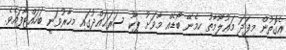
އެގޮތުން މިފަދަ މަޢުލޫމާތު ހިމެނޭ ބޯޑެއް މާވަށު ޕާކު ސަރަޙައްދުގައި މިހާރުވަނީ ބަހައްޓާފައެވެ.